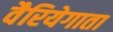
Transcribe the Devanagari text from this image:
वैरियेगाता